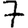
Digit: 7